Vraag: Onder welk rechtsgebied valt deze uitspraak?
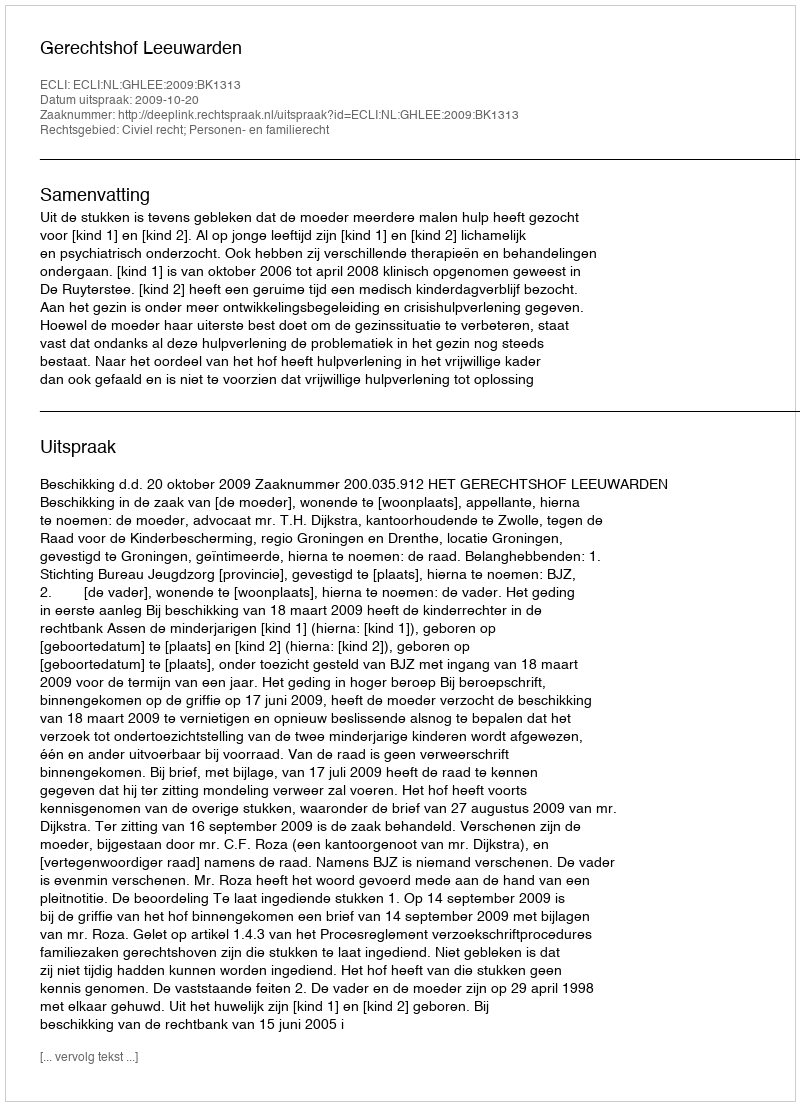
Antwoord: Civiel recht; Personen- en familierecht